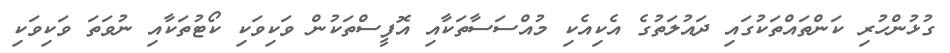
ގުޅުންހުރި ކަންތައްތަކުގައި ދައުލަތުގެ އެކިއެކި މުއްސަސާތަކާއި އޮފީސްތަކުން ވަކިވަކި ކޯޓުތަކާއި ނުވަތަ ވަކިވަކި